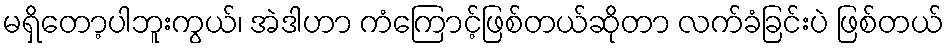
မရှိတော့ပါဘူးကွယ်၊ အဲဒါဟာ ကံကြောင့်ဖြစ်တယ်ဆိုတာ လက်ခံခြင်းပဲ ဖြစ်တယ်